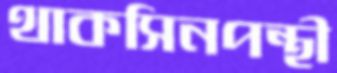
থাকসিনপন্থী